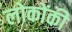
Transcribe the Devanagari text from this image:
लोकोंकी